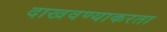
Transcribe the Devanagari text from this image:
दाखवण्याकरता